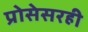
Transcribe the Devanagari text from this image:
प्रोसेसरही